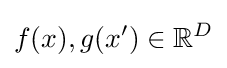
f(x),g(x')\in \mathbb {R} ^{D}